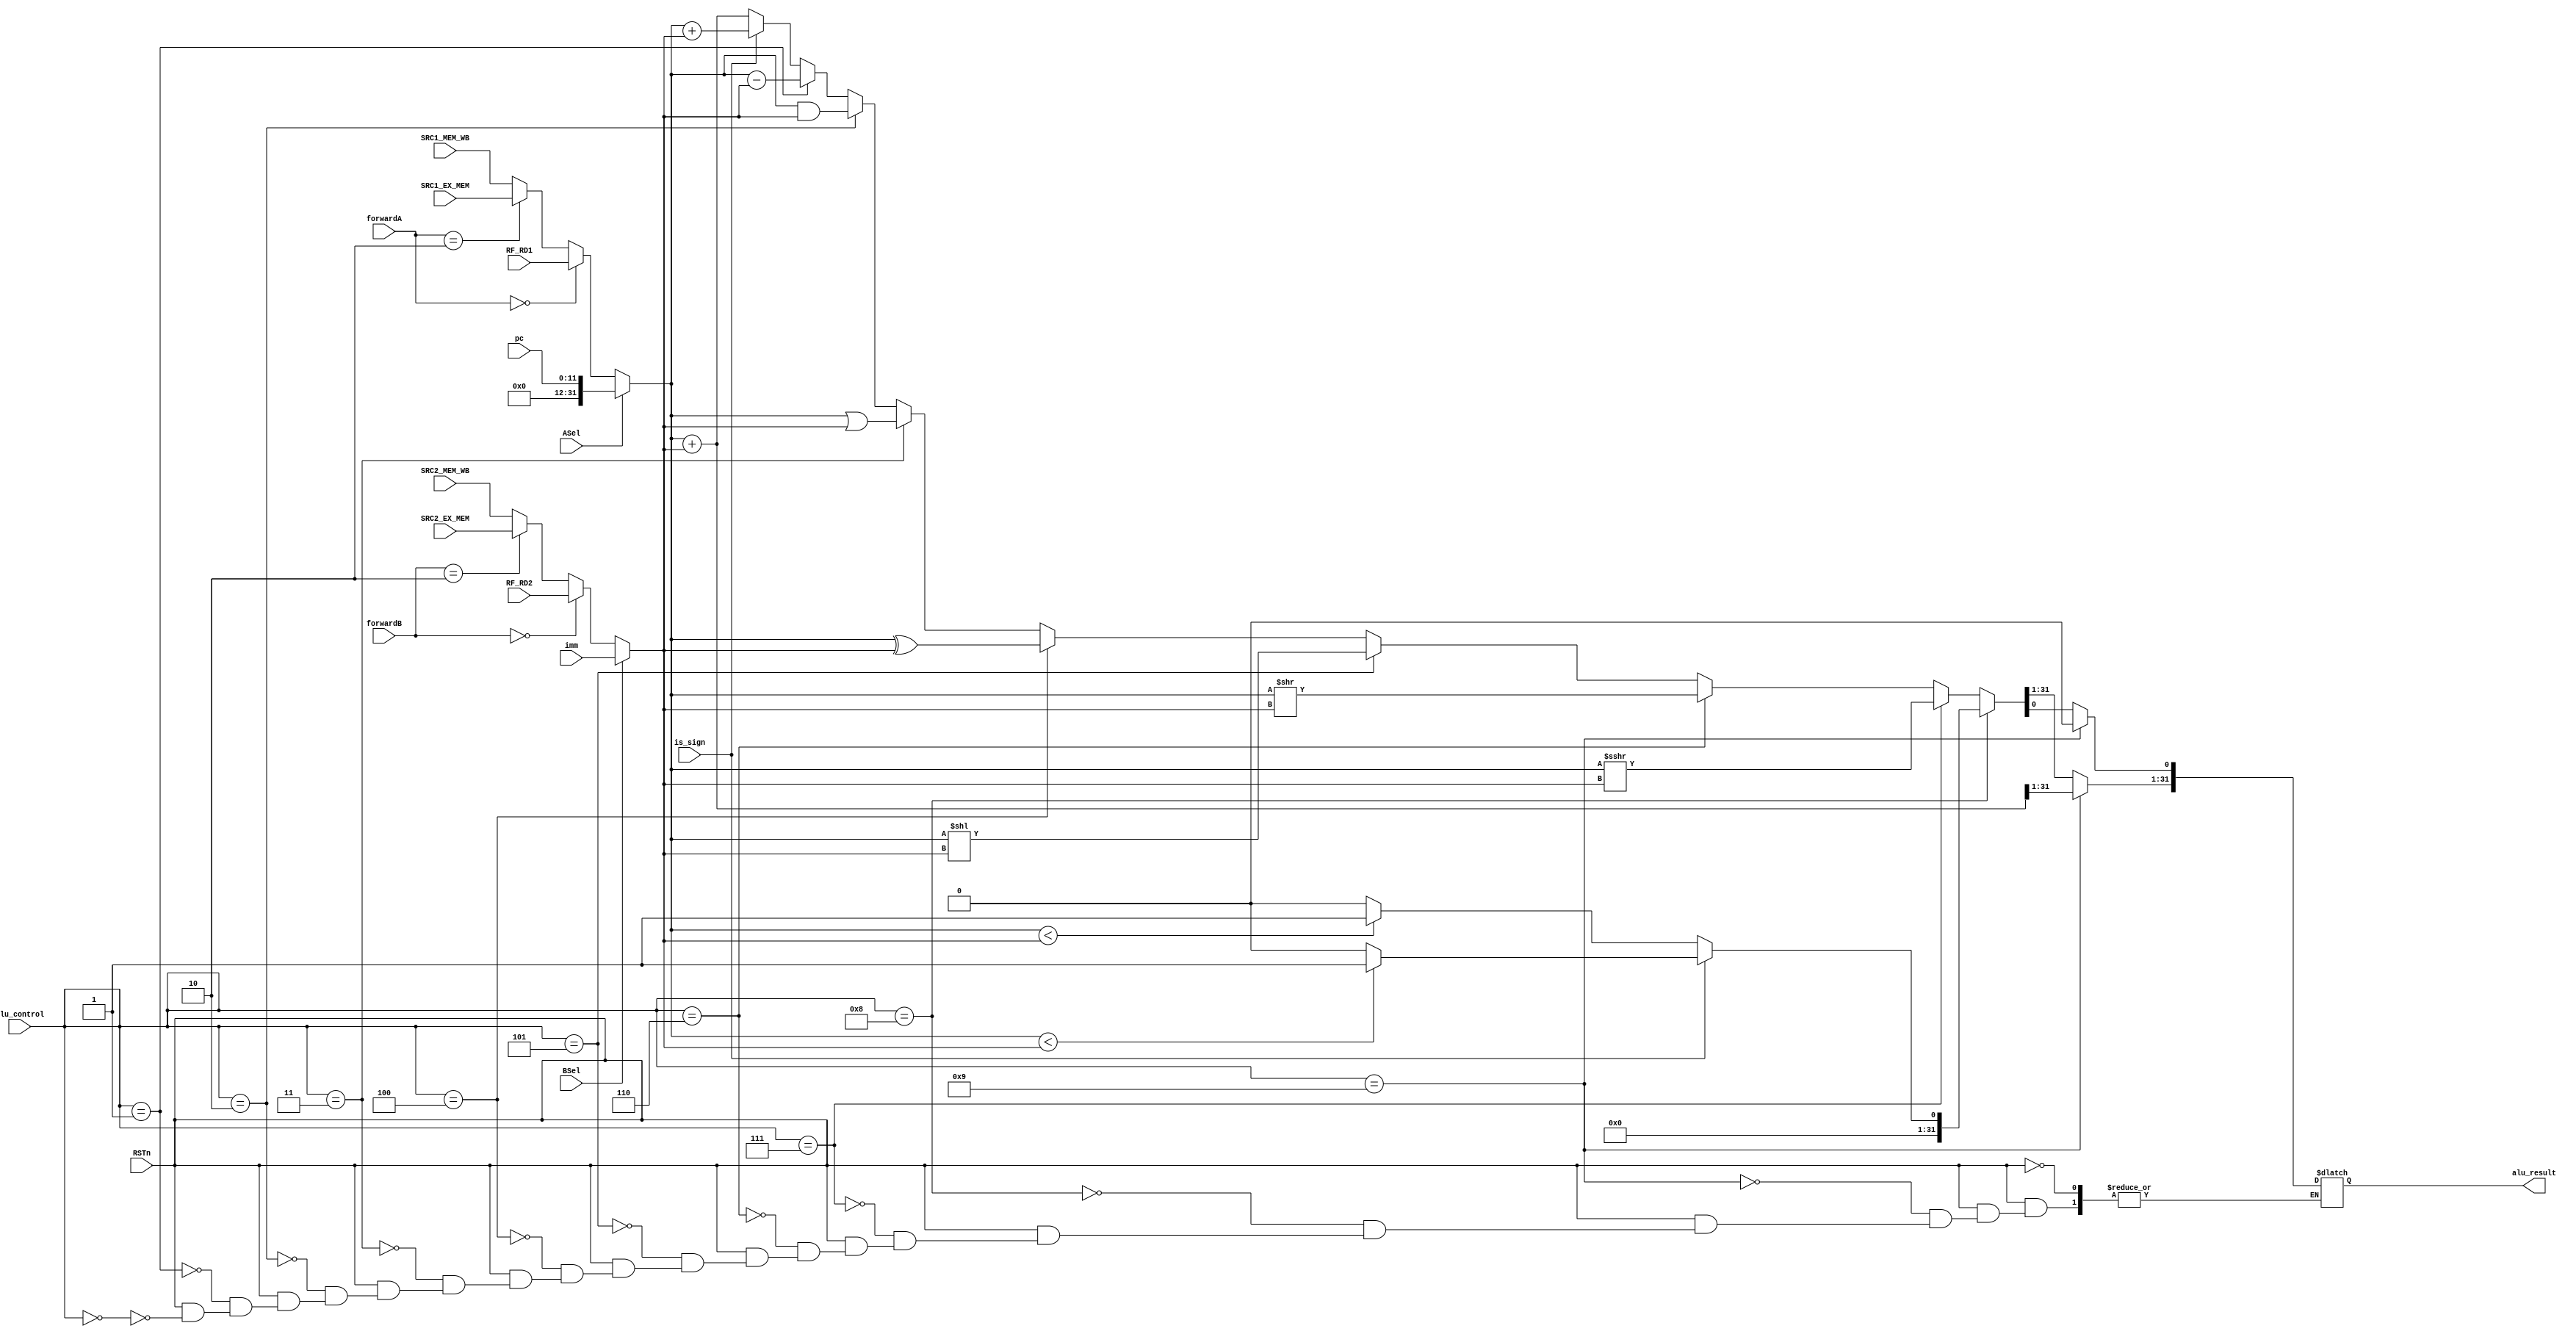
module AluUnit(
    input wire RSTn,
    input wire ASel,
    input wire BSel,
    input wire[1:0] forwardA,
    input wire[1:0] forwardB,
    input wire is_sign,
    input wire [4:0] alu_control,
    input wire [31:0] RF_RD1, // source register 1   
	input wire [31:0] RF_RD2, // source register 2   
    input wire [31:0] imm,
    input wire [11:0] pc,
    input wire [31:0] SRC1_EX_MEM,
    input wire [31:0] SRC2_EX_MEM,
    input wire [31:0] SRC1_MEM_WB,
    input wire [31:0] SRC2_MEM_WB,
    output wire [31:0] alu_result
);

wire [31:0] alu_input1;
wire [31:0] alu_input2;

assign alu_input1 = (ASel)? pc : 
(forwardA == 2'b00)? RF_RD1 :
(forwardA == 2'b10)? SRC1_EX_MEM :
(forwardA == 2'b01)? SRC1_MEM_WB : SRC1_MEM_WB;

assign alu_input2 = (BSel)? imm : 
(forwardB == 2'b00)? RF_RD2 :
(forwardB == 2'b10)? SRC2_EX_MEM :
(forwardB == 2'b01)? SRC2_MEM_WB : SRC2_MEM_WB;

reg [31:0] alu_result_reg;



assign alu_result = alu_result_reg;

always@(*) begin
    if(RSTn == 1) begin
       if(alu_control == 4'b0000) begin
       // add
            if(is_sign) begin
                alu_result_reg = $signed(alu_input1) + $signed(alu_input2);
            end
            else begin
                alu_result_reg = alu_input1 + alu_input2;
            end
       end
       
       if(alu_control == 4'b0001) begin
        // subtract
            alu_result_reg = alu_input1 - alu_input2;
       end
       
       if(alu_control == 4'b0010) begin
       // AND
            alu_result_reg = alu_input1 & alu_input2;
       end
       
       if(alu_control == 4'b0011) begin
       // OR
            alu_result_reg = alu_input1 | alu_input2;
       end
       
       if(alu_control == 4'b0100) begin
       // XOR
            alu_result_reg = alu_input1^alu_input2;
       end
       
       if(alu_control == 4'b0101) begin
       // SLL
            alu_result_reg = alu_input1 << alu_input2;
       end
       
       if(alu_control == 4'b0110) begin
       // SRL
            alu_result_reg = alu_input1 >> alu_input2;
       end 

       if(alu_control == 4'b0111) begin
       // SRA
            alu_result_reg = $signed(alu_input1) >>> alu_input2;
       end

       if(alu_control == 4'b1000) begin
        // slt
            if(is_sign) begin
                if($signed(alu_input1) < $signed(alu_input2)) begin
                    alu_result_reg = 1;
                end
                else begin
                    alu_result_reg = 0;
                end
            end
            else begin
                if(alu_input1 < alu_input2) begin
                    alu_result_reg = 1;
                end
                else begin
                    alu_result_reg = 0;
                end            
            end
       end

       if(alu_control == 4'b1001) begin 
        // jalr
            alu_result_reg = (alu_input1 + alu_input2);
            alu_result_reg[0] = 0;
       end
    end
end

endmodule